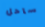
ساحل